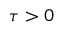
\tau > 0